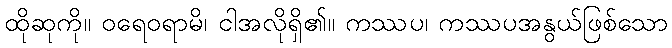
ထိုဆုကို။ ဝရေဝရာမိ၊ ငါအလိုရှိ၏။ ကဿပ၊ ကဿပအနွယ်ဖြစ်သော